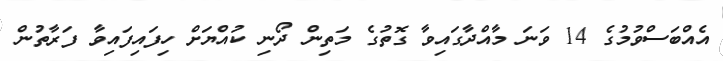
އެއްބަސްވުމުގެ 14 ވަނަ މާއްދާގައިވާ ގޮތުގެ މަތިން ދޯނި ކުއްޔަށް ހިފައިފައިވާ ފަރާތުން